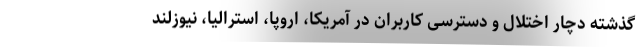
گذشته دچار اختلال و دسترسی کاربران در آمریکا، اروپا، استرالیا، نیوزلند